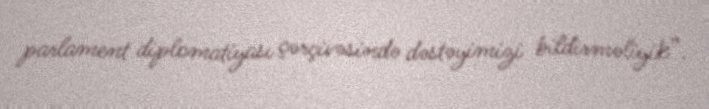
parlament diplomatiyası çərçivəsində dəstəyimizi bildirməliyik”.